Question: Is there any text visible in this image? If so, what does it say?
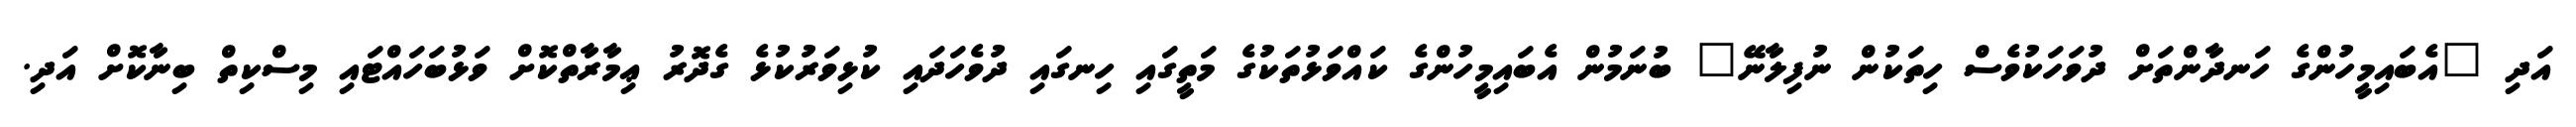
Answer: އަދި "އެބައިމީހުންގެ ހަނދާންތަށް ދުވަހަކުވެސް ހިތަކުން ނުފިލާނޭ" ބުނަމުން އެބައިމީހުންގެ ކައްވަޅުތަކުގެ މަތީގައި ހިނގައި ދުވެހަދައި ކުޅިވަރުކުޅެ ގެދޮރު ޢިމާރާތްކޮށް ވަޅުބަހައްޓައި މިސްކިތް ބިނާކޮށް އަދި.